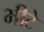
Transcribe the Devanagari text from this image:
भीटे